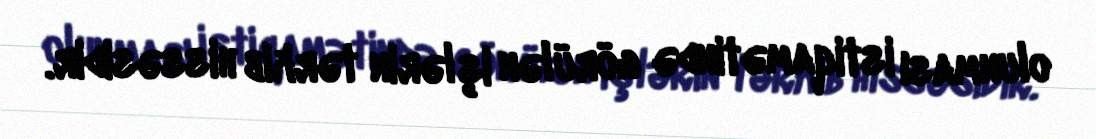
olunması istiqamətində görülən işlərin tərkib hissəsidir.